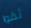
ثقوا